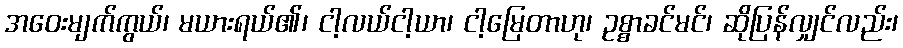
အဝေးမျက်ကွယ်၊ မယားရယ်၏၊ ငါ့လယ်ငါ့ယာ၊ ငါ့မြေတာဟု၊ ဥစ္စာခင်မင်၊ ဆိုပြန်လျှင်လည်း၊